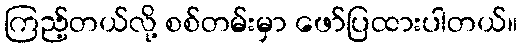
ကြည့်တယ်လို့ စစ်တမ်းမှာ ဖော်ပြထားပါတယ်။